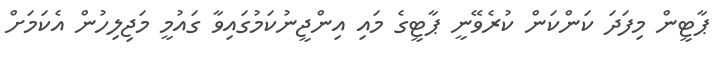
ޕާޓީން މިފަދަ ކަންކަން ކުރެވޭނީ ޕާޓީގެ މައި އިންޖީނުކަމުގައިވާ ގައުމީ މަޖިލިހުން އެކަމަށް